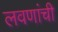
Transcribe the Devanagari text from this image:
लवणांची